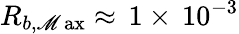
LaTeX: R_{b,\operatorname*{\mathscr{M}ax}}\approx\, 1\times\, 10^{-3}